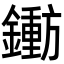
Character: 𬬐